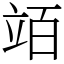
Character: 竡